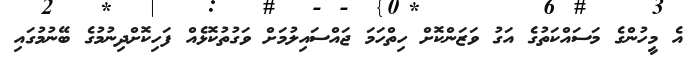
އެ މީހުންގެ މަސައްކަތުގެ އަގު ވަަޒަންކޮށް ހިތްހަމަ ޖައްސަައިލުމަށް ވަގުތުކޮޅެއް ފަހިކޮށްދިނުމުގެ ބޭނުމުގައި